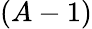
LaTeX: (A-1)